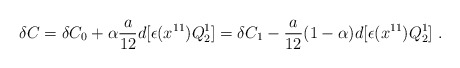
\begin{align*}\delta C = \delta C_0 + \alpha {a \over 12} d [\epsilon (x^{11}) Q_2^1 ]= \delta C_1 - {a \over 12} (1-\alpha) d [\epsilon (x^{11}) Q_2^1 ] \ . \end{align*}